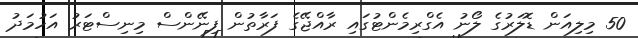
50 މިލިއަން ޑޮލަރުގެ ލޯނު އެގްރިމެންޓުގައި ރާއްޖޭގެ ފަރާތުން ފިނޭންސް މިނިސްޓަރު އަހުމަދު